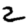
Digit: 2